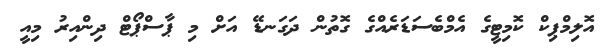
އޮލިމްޕިކް ކޮމިޓީގެ އެމްބެސަޑަރެއްގެ ގޮތުން ދަގަނޑޭ އަށް މި ޕާސްޕޯޓް ދިންއިރު މިއީ